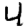
Digit: 4